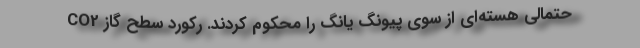
حتمالی هسته‌ای از سوی پیونگ یانگ را محکوم کردند. رکورد سطح گاز CO2